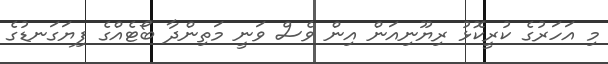
މި އަަހަރުގެ ކުރީކޮޅު ރިޔޫނިއަން އިން ވެސް ވަނީ މަތިންދާ ބޯޓެއްގެ ފިޔަގަނޑުގެ